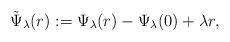
LaTeX: \begin{align*}\tilde{\Psi}_\lambda(r):=\Psi_\lambda(r)-\Psi_\lambda(0)+\lambda r,\end{align*}